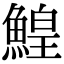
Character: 鰉